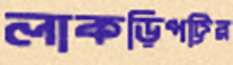
লাকড়িপট্টির